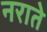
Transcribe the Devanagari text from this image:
नराते